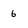
Character: 6